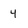
Character: 4